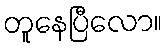
တူနေပြီလော။